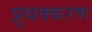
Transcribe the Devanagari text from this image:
प्रुथक्करण